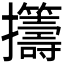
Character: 𫾡